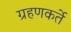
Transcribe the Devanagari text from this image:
ग्रहणकर्ते